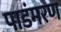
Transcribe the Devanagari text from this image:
पाडंमरण